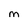
Character: M